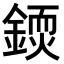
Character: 𨪳